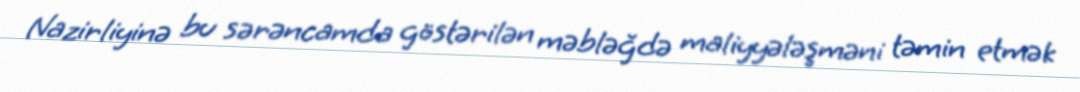
Nazirliyinə bu sərəncamda göstərilən məbləğdə maliyyələşməni təmin etmək